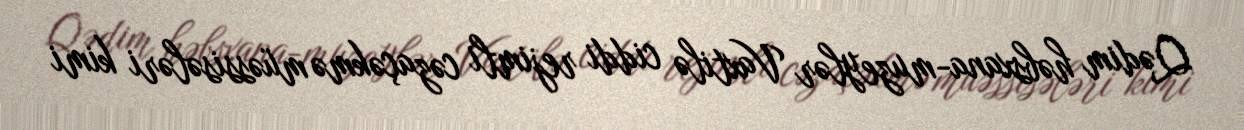
Qədim həbsxana-muzeylər Vaxtilə ciddi rejimli cəzaçəkmə müəssisələri kimi